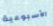
الأسبوعية